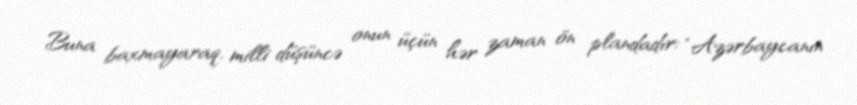
Buna baxmayaraq, milli düşüncə onun üçün hər zaman ön plandadır: “Azərbaycanın